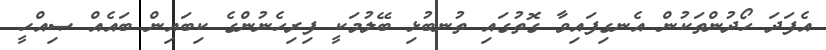
އެފަދަ ހޯދުންތަކުން އެނގިފައިވާ ގޮތުގައި ތުނބުޅި ބޭލުމަކީ ފިރިހެނުންގެ ކިބައިން ބައެއް ޞިއްޙީ